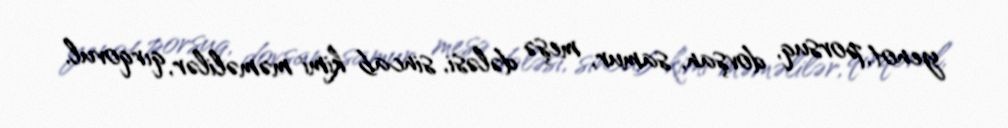
yenot, porsuq, dovşan, samur, meşə dələsi, sincab kimi məməlilər, qırqovul,